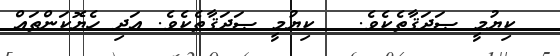
ކިޔުމީ ޞަދަޤާތެކެވެ.   ކިޔުމީ ޞަދަޤާތެކެވެ. އަދި ހެޔޮކަންތައް